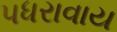
પધરાવાય